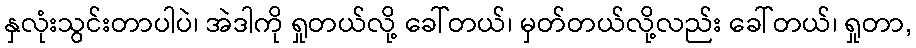
နှလုံးသွင်းတာပါပဲ၊ အဲဒါကို ရှုတယ်လို့ ခေါ်တယ်၊ မှတ်တယ်လို့လည်း ခေါ်တယ်၊ ရှုတာ,